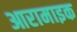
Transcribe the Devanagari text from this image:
आरामाइक